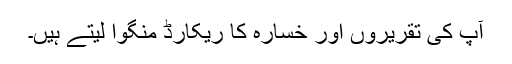
آپ کی تقریروں اور خسارہ کا ریکارڈ منگوا لیتے ہیں۔